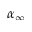
\alpha _ { \infty }